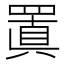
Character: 𮊍